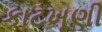
કાટખૂણી